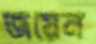
জয়েন